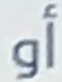
أو